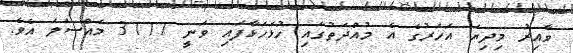
ވާއިރު މިދިޔަ އަހަރުގެ އެ މުއްދަތުގައި ހުޅަހަޅާފައި ވަނީ 3117 މައްސަލަ އެވެ.